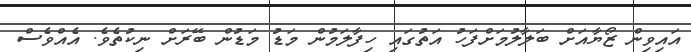
އައިވިން ޒޯޔާއަށް ބަލާލުމަށްފަހު އަތުގައި ހިފާލަމުން މަޑު މަޑުން ބޭރަށް ނިކުތެވެ. އެއްވެސް